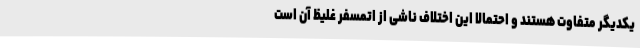
یکدیگر متفاوت هستند و احتمالا این اختلاف ناشی از اتمسفر غلیظ آن است